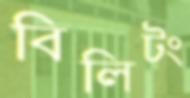
বিলিটং